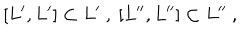
[ L ^ { \prime } , L ^ { \prime } ] \subset L ^ { \prime } \ , \ [ L ^ { \prime \prime } , L ^ { \prime \prime } ] \subset L ^ { \prime \prime } \ ,